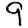
Digit: 9